Mental hospitals Bombay report 1929-33 - 1929-1933
Year: 1929
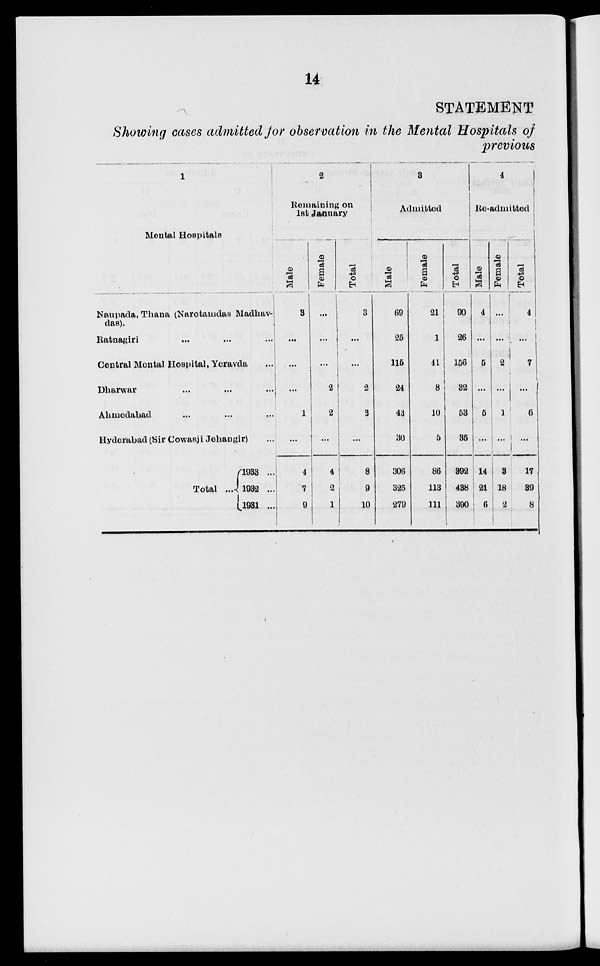
14
STATEMENT
Showing cases admitted for observation in the Mental Hospitals of
previous
1
Mental Hospitals
Naupada, Thana (Narotamdas Madhav-
das).
Ratnagiri ... ... ...
Central Mental Hospital, Yoravda ...
Dharwar ... ... ...
Ahmedabad ... ... ...
Hyderabad (Sir Cowasji Jehangir)
Total ...
1933 ...
1932 ...
1931 ...
2
Remaining on
1st January
Male
3
...
...
...
1
...
4
7
9
Female
...
...
...
2
2
...
4
2
1
Total
3
...
...
2
3
...
8
9
10
3
Admitted
Male
69
25
115
24
43
30
306
325
279
Female
21
1
41
8
10
5
86
113
111
Total
90
26
156
32
53
35
392
438
390
4
Re-admitted
Male
4
...
5
...
5
...
14
21
6
Female
...
...
2
...
1
...
3
18
2
Total
4
...
7
...
6
...
17
39
8